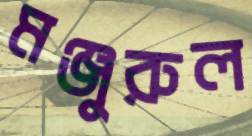
মঞ্জুরুল